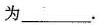
为___.